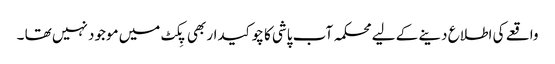
واقعے کی اطلاع دینے کے لیے محکمہ آب پاشی کا چوکیدار بھی پِکٹ میں موجود نہیں تھا ۔